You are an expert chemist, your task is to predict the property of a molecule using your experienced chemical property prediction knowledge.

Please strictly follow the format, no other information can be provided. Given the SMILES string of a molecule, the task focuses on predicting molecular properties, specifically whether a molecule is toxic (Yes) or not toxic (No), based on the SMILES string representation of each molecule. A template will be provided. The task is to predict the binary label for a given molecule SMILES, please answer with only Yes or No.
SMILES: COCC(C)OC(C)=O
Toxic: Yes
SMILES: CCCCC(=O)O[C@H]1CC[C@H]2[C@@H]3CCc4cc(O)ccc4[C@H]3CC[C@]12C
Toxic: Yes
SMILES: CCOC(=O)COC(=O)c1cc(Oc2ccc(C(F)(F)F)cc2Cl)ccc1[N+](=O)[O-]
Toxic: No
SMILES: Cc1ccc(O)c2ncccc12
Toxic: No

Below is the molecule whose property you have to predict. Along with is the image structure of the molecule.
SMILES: CN(C)c1ccc(C(=C2C=CC(=[N+](C)C)C=C2)c2ccccc2)cc1.CN(C)c1ccc(C(=C2C=CC(=[N+](C)C)C=C2)c2ccccc2)cc1
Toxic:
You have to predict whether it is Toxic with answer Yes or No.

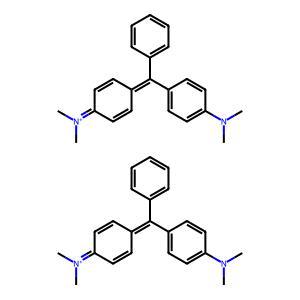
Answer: No